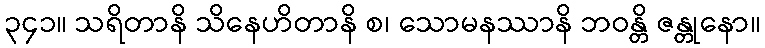
၃၄၁။ သရိတာနိ သိနေဟိတာနိ စ၊ သောမနဿာနိ ဘဝန္တိ ဇန္တုနော။